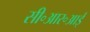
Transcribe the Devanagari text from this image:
सी॰आर॰आई